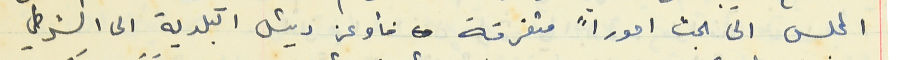
المجلس الى بحث اموراً متفرقة فأوعز رئيس البلدية الى الشرطي